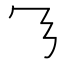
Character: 𬼄